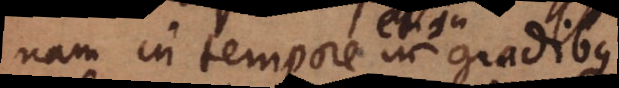
nam in tempore, in gradibus,